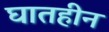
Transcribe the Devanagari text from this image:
घातहीन